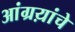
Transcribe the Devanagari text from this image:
आंग्रय़ांचे